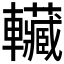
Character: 𰹬